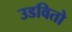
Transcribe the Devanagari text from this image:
उडवितो